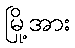
မြို့အား